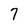
Character: 7